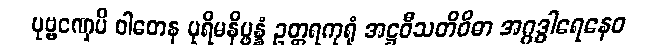
ပုဗ္ဗဏှေပိ ဝါတေန ပုရိမနိပ္ဖန္နံ ဥတ္တရကုရုံ အဋ္ဌဝီသတိဝိဓာ အဂ္ဂဒွါရေနေဝ